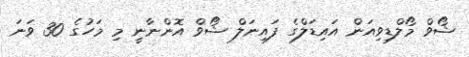
ޝޯވް މޯލްޑިވިއަން އައިޑަލްގެ ފައިނަލް ޝޯވް އޮންނާނީ މި މަހުގެ 30 ވަނަ